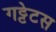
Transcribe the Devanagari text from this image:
गट्टेटस